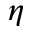
\eta